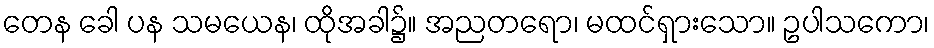
တေန ခေါ ပန သမယေန၊ ထိုအခါ၌။ အညတရော၊ မထင်ရှားသော။ ဥပါသကော၊